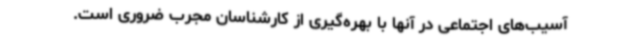
آسیب‌های اجتماعی در آنها با بهره‌گیری از کارشناسان مجرب ضروری است.